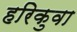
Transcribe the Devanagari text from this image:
हरिकुवा